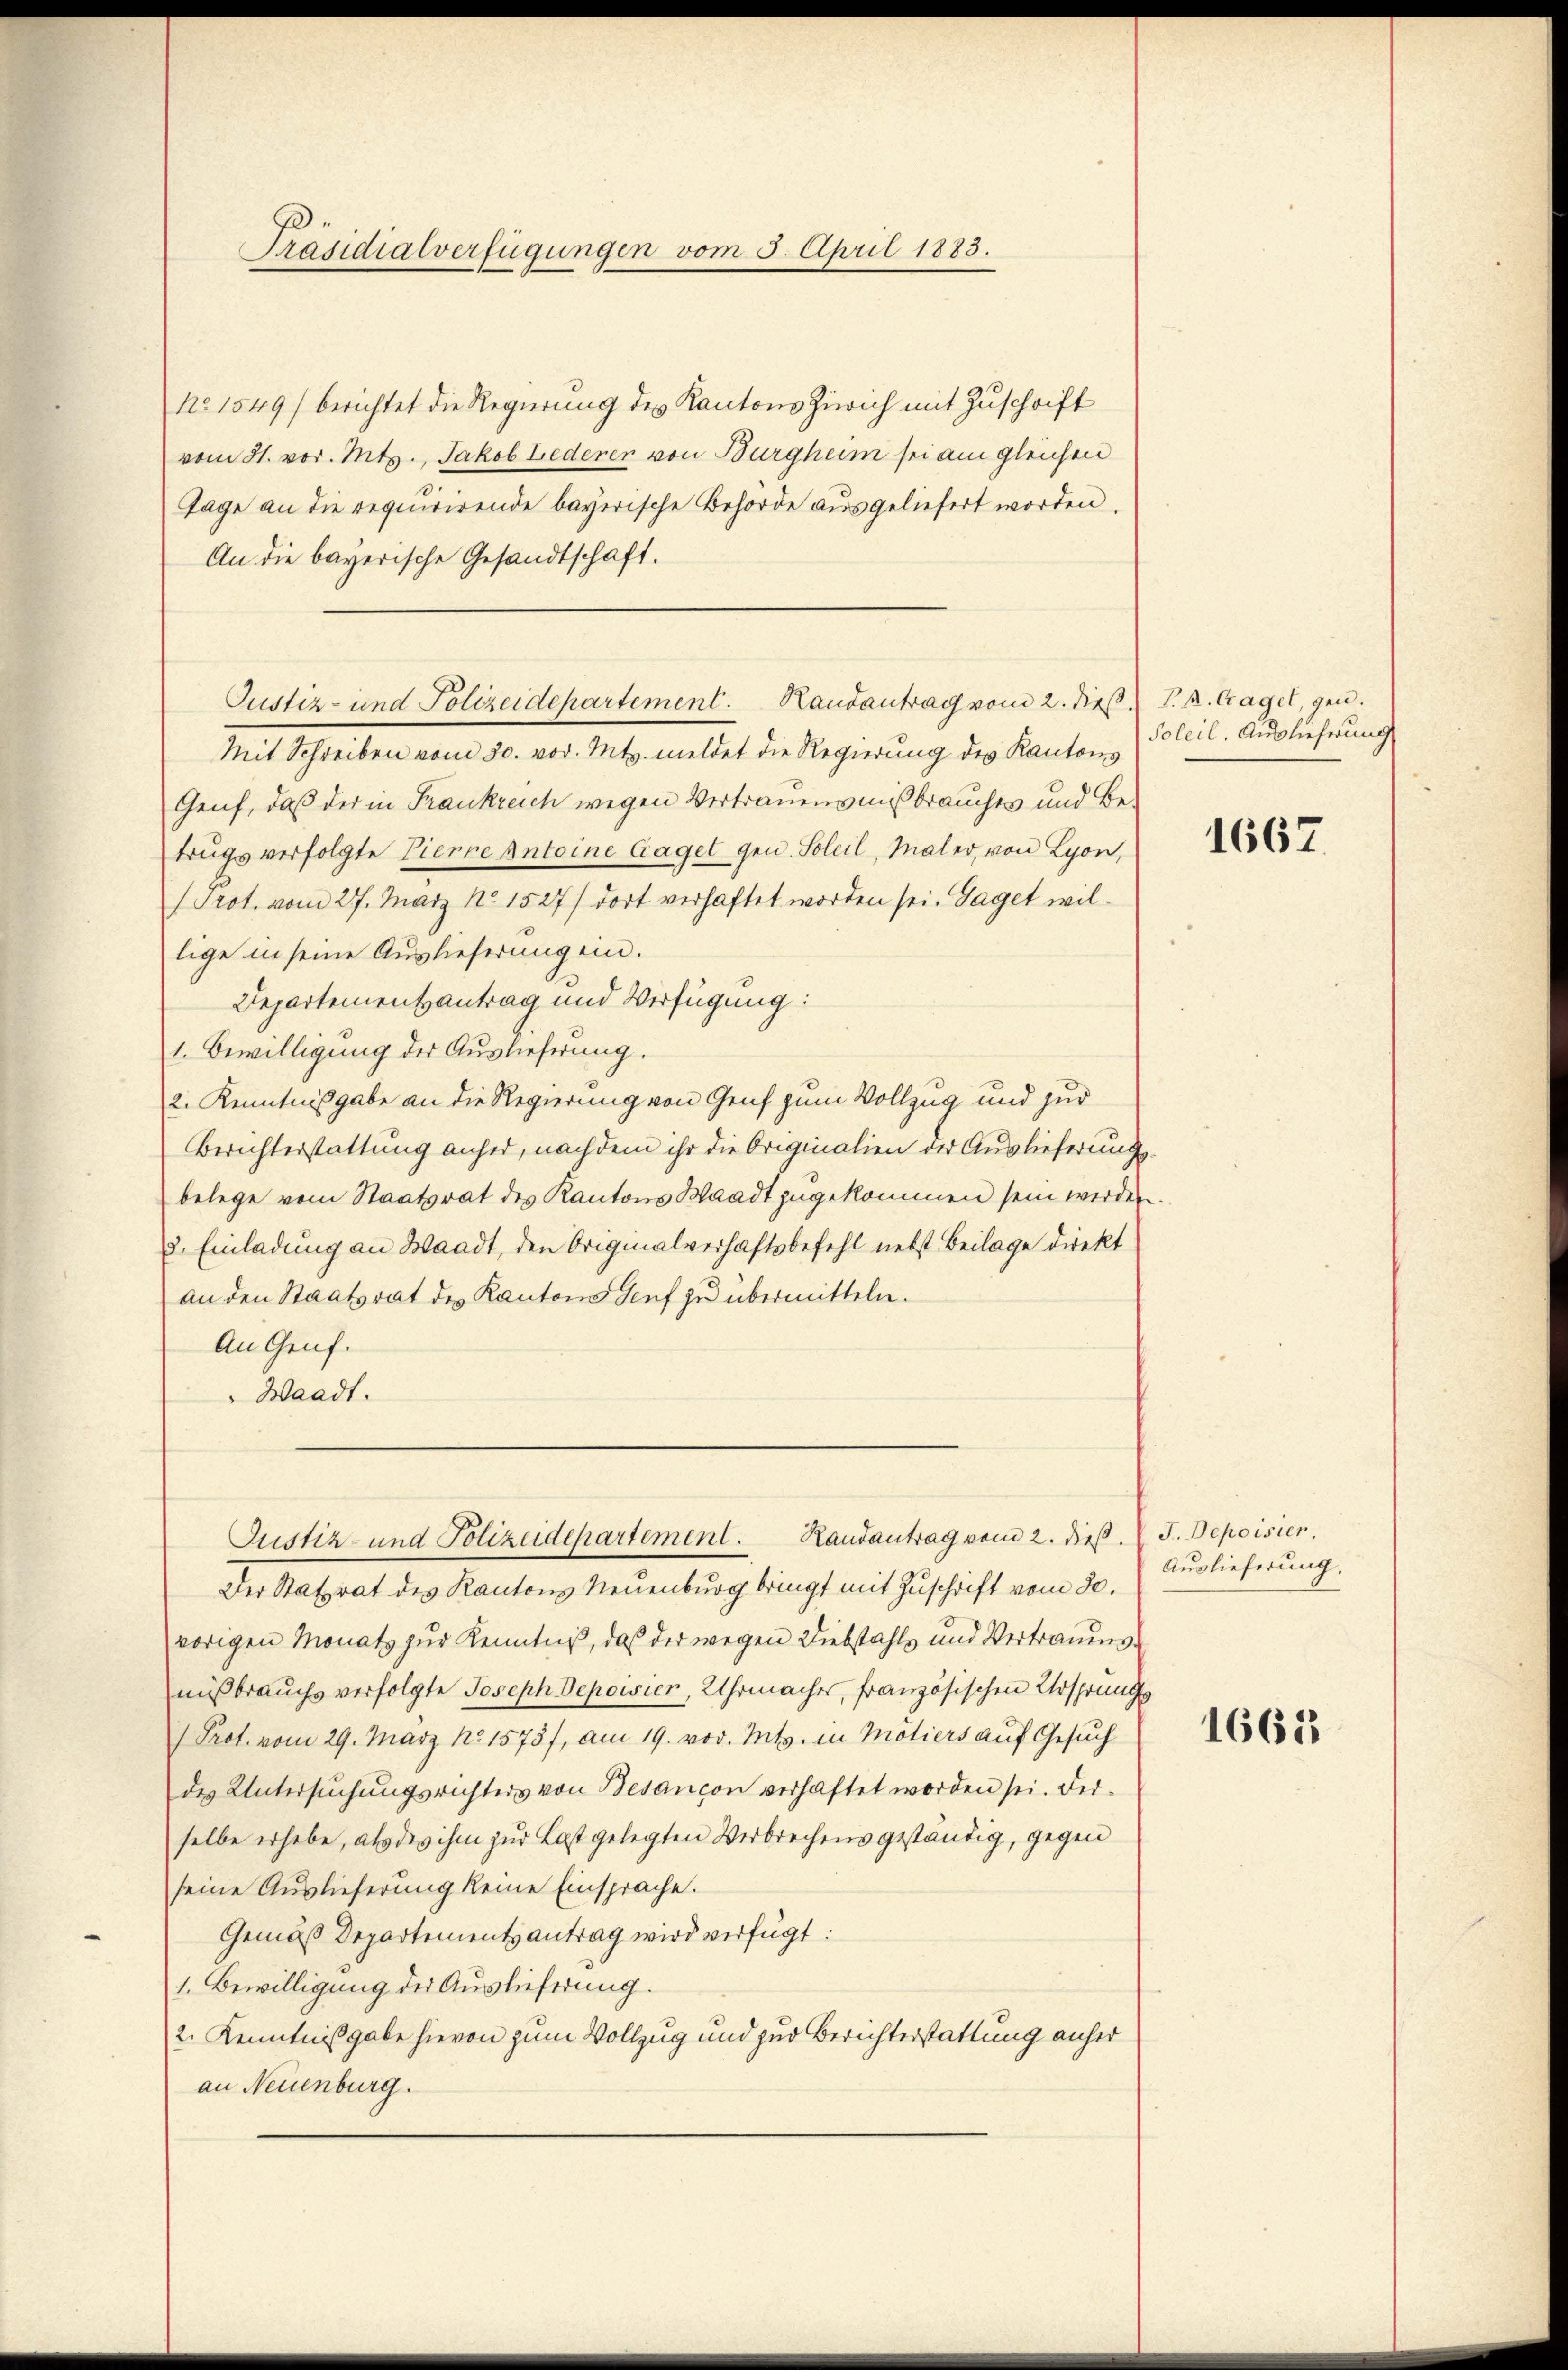
Präsidialverfügungen vom 5. April 1883.

No 1549/ berichtet die Regierung des Kantons Zürich mit Zuschrift
vom 31. vor. Mts., Jakob Lederer von Burgheim sei am gleichen
Tage an die requirirende bayerische Behörde ausgeliefert worden.
An die bayerische Gesandtschaft.
Mit Schreiben vom 30. vor. Mts. meldet die Regierung des Kantons
Genf, daß der in Frankreich wegen Vertrauensmißbrauchts und Betrugsverfolgte Pierre Antoine Gaget gen. Soleil, Maler, von Lyon,
Prot. vom 27. März No. 1527) dort verhaftet worden sei. Gaget willige in seine Auslieferung ein.
Departementantrag und Verfügung:
1. Bewilligung der Auslieferung.
2. Kenntnißgabe an die Regierung von Genf zum Vollzug und zur
Berichterstattung anher, nachdem ihr die Originalien der Auslieferungs
belege vom Staatsrat des Kantons Waadt zugekommen sein werden
2. Einladung an Waadt, den Originalverhaftsbefehl nebst Beilage direkt
an den Staatsrat des Kantons Genf zu übermitteln.
An Genf.
Waadt.
Justiz- und Polizeidepartement. Handantrag vom 2. dieß.
Der Statrat des Kantons Neuenburg bringt mit Zuschrift vom 30.
vorigen Monats zur Kenntniß, daß der wegen Diebstahls und Vertrauensmißbrauchs verfolgte Joseph Depoisier, Uhrmaches, französischen Ursprung
Prot. vom 29. März No. 1573/, am 19. vor. Mts. in Mötiers auf Gesŭch
des Untersuchungsrichters von Besancon verhaftet worden sei. Ferselbe erhebe, als des ihm zur Last gelegten Verbrechensgeständig, gegen
seine Auslieferung keine Einsprache.
Gemäß Departementsantrag wird verfügt:
1. Bewilligung der Auslieferung.
2. Kenntnißgabe hievon zum Vollzug und zur Berichterstattung anher
an Neuenburg.

Justiz- und Polizeidepartement. Handantrag vom 2. dieß, V. k. Gagel, gen.

Soleil. Auslieferung

1667.

J. Depoisier.
Auslieferung.

1665